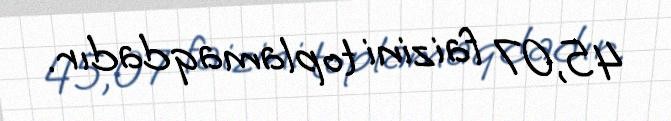
45,07 faizini toplamaqdadır.